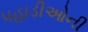
પહાડીઓની